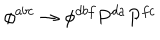
\phi ^ { a b c } \rightarrow \phi ^ { d b f } P ^ { d a } P ^ { f c }